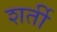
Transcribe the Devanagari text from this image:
शर्ती